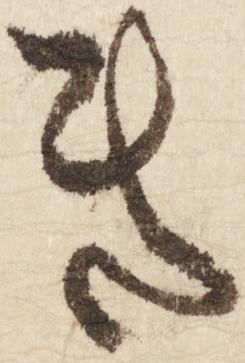
き